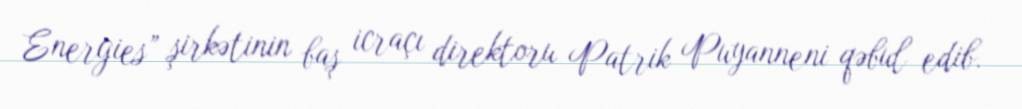
Energies” şirkətinin baş icraçı direktoru Patrik Puyanneni qəbul edib.